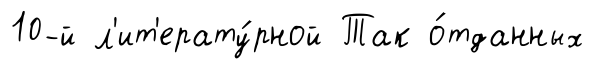
10-й л'ит'ерату́рной Так о́тданных